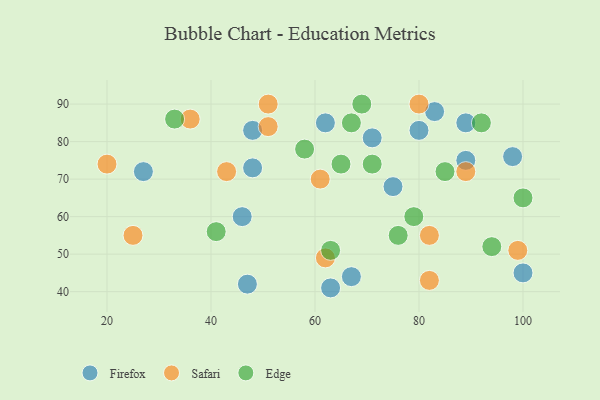
{"axis": {"x": "GDP", "y": "Life Expectancy"}, "legend": ["Edge", "Firefox", "Safari"], "data": [{"x": "47", "y": 42, "type": "Firefox"}, {"x": "98", "y": 76, "type": "Firefox"}, {"x": "80", "y": 83, "type": "Firefox"}, {"x": "67", "y": 44, "type": "Firefox"}, {"x": "63", "y": 41, "type": "Firefox"}, {"x": "89", "y": 85, "type": "Firefox"}, {"x": "48", "y": 73, "type": "Firefox"}, {"x": "89", "y": 75, "type": "Firefox"}, {"x": "83", "y": 88, "type": "Firefox"}, {"x": "46", "y": 60, "type": "Firefox"}, {"x": "27", "y": 72, "type": "Firefox"}, {"x": "100", "y": 45, "type": "Firefox"}, {"x": "71", "y": 81, "type": "Firefox"}, {"x": "48", "y": 83, "type": "Firefox"}, {"x": "62", "y": 85, "type": "Firefox"}, {"x": "75", "y": 68, "type": "Firefox"}, {"x": "51", "y": 84, "type": "Safari"}, {"x": "61", "y": 70, "type": "Safari"}, {"x": "51", "y": 90, "type": "Safari"}, {"x": "89", "y": 72, "type": "Safari"}, {"x": "99", "y": 51, "type": "Safari"}, {"x": "80", "y": 90, "type": "Safari"}, {"x": "82", "y": 55, "type": "Safari"}, {"x": "82", "y": 43, "type": "Safari"}, {"x": "43", "y": 72, "type": "Safari"}, {"x": "62", "y": 49, "type": "Safari"}, {"x": "36", "y": 86, "type": "Safari"}, {"x": "25", "y": 55, "type": "Safari"}, {"x": "20", "y": 74, "type": "Safari"}, {"x": "100", "y": 65, "type": "Edge"}, {"x": "33", "y": 86, "type": "Edge"}, {"x": "71", "y": 74, "type": "Edge"}, {"x": "79", "y": 60, "type": "Edge"}, {"x": "67", "y": 85, "type": "Edge"}, {"x": "65", "y": 74, "type": "Edge"}, {"x": "41", "y": 56, "type": "Edge"}, {"x": "94", "y": 52, "type": "Edge"}, {"x": "69", "y": 90, "type": "Edge"}, {"x": "58", "y": 78, "type": "Edge"}, {"x": "63", "y": 51, "type": "Edge"}, {"x": "76", "y": 55, "type": "Edge"}, {"x": "92", "y": 85, "type": "Edge"}, {"x": "85", "y": 72, "type": "Edge"}]}